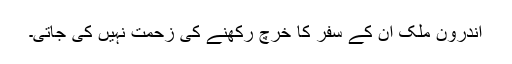
اندرون ملک ان کے سفر کا خرچ رکھنے کی زحمت نہیں کی جاتی۔